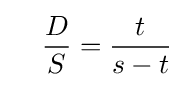
\quad {\frac {D}{S}}={\frac {t}{s-t}}